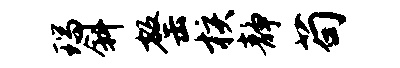
瑞斜罄核静苟